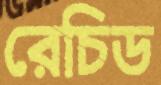
রেচিড